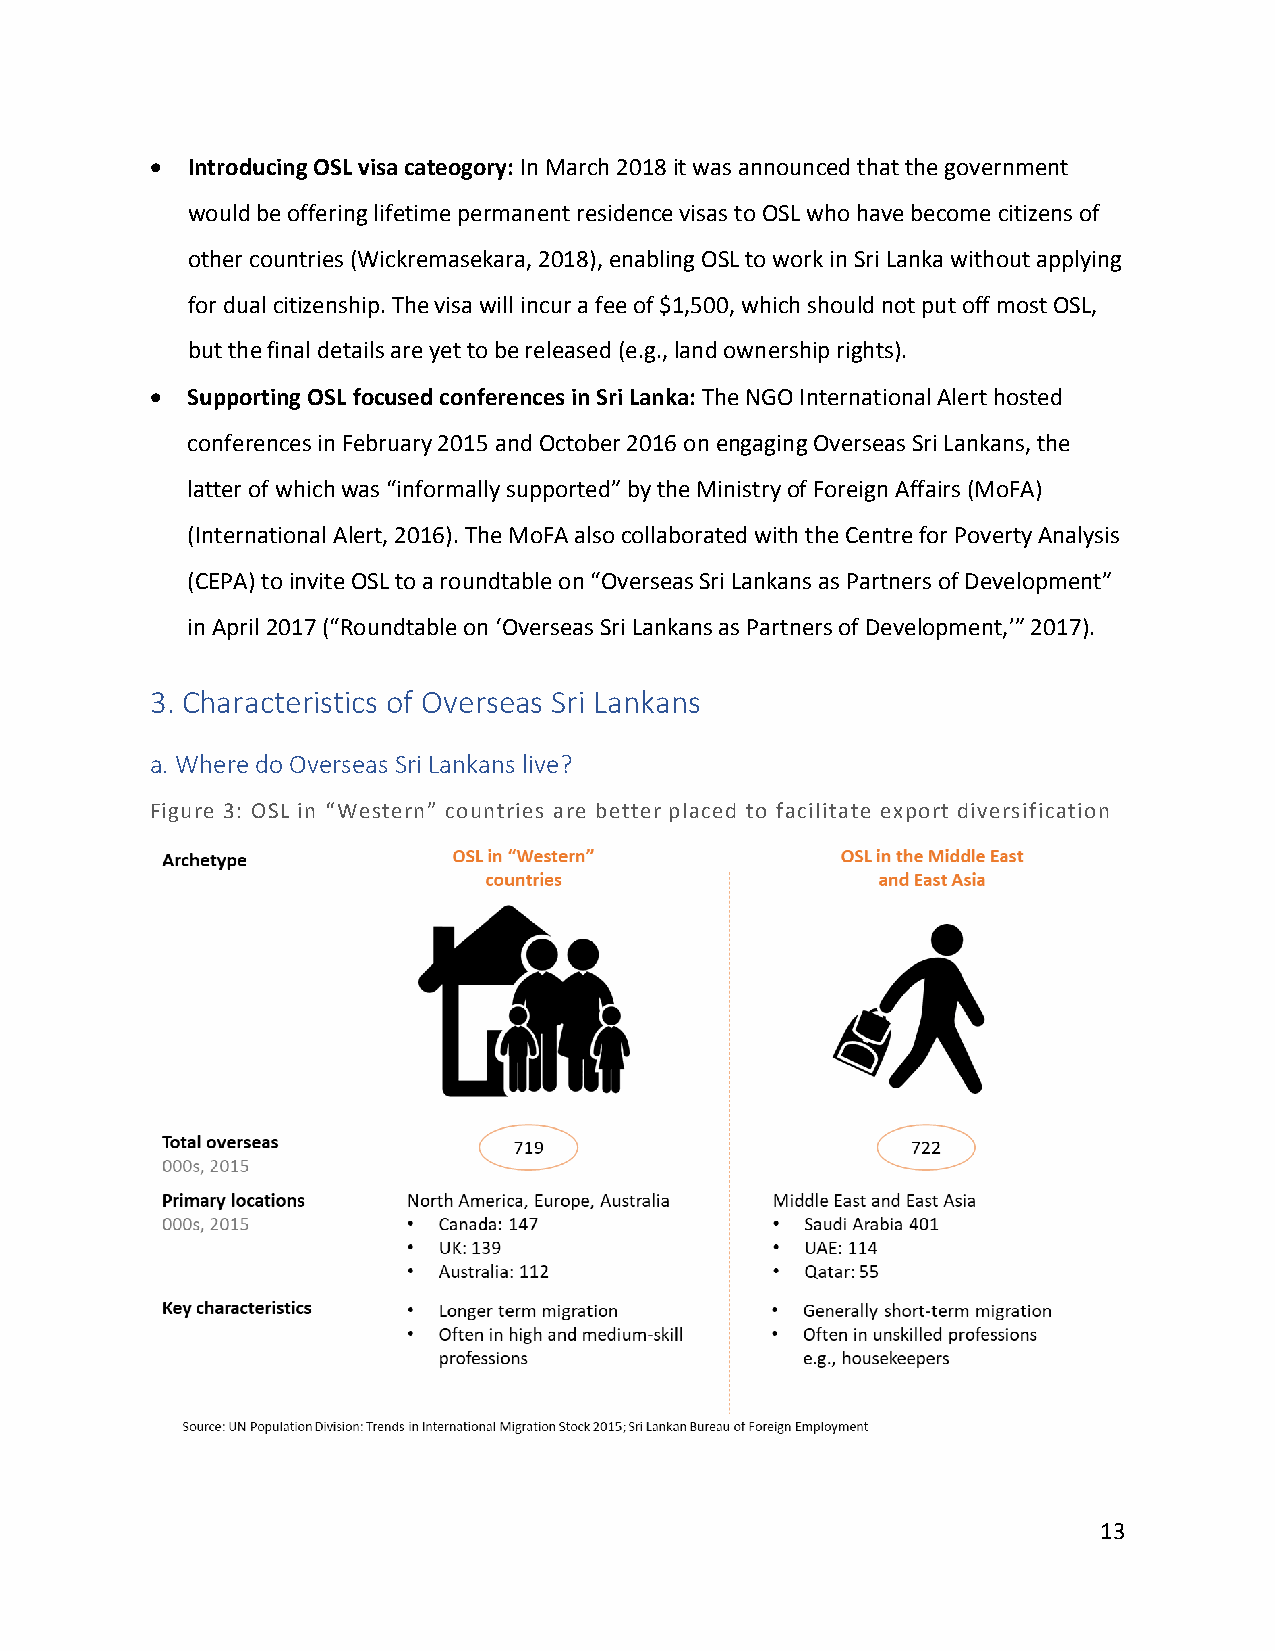
• Introducing OSL visa cateogory: In March 2018 it was announced that the government
 would be offering lifetime permanent residence visas to OSL who have become citizens of
 other countries (Wickremasekara, 2018), enabling OSL to work in Sri Lanka without applying
 for dual citizenship. The visa will incur a fee of $1,500, which should not put off most OSL,
 but the final details are yet to be released (e.g., land ownership rights).
 • Supporting OSL focused conferences in Sri Lanka: The NGO International Alert hosted
 conferences in February 2015 and October 2016 on engaging Overseas Sri Lankans, the
 latter of which was “informally supported” by the Ministry of Foreign Affairs (MoFA)
 (International Alert, 2016). The MoFA also collaborated with the Centre for Poverty Analysis
 (CEPA) to invite OSL to a roundtable on “Overseas Sri Lankans as Partners of Development”
 in April 2017 (“Roundtable on ‘Overseas Sri Lankans as Partners of Development,’” 2017).
 3. Characteristics of Overseas Sri Lankans
 a. Where do Overseas Sri Lankans live?
 Figure 3: OSL in “Western” countries are better placed to facilitate export diversification
 13